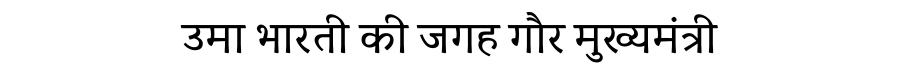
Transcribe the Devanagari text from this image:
उमा भारती की जगह गौर मुख्यमंत्री